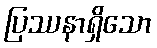
ပြဿနာရှိသော